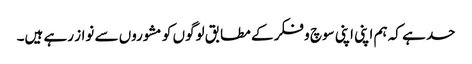
حد ہے کہ ہم اپنی اپنی سوچ و فکر کے مطابق لوگوں کو مشوروں سے نواز رہے ہیں۔